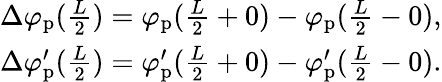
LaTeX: \begin{array}{r}{\Delta\varphi_{\mathrm{p}}(\frac{L}{2})=\varphi_{\mathrm{p}}(\frac{L}{2}+0)-\varphi_{\mathrm{p}}(\frac{L}{2}-0),}\\ {\Delta\varphi_{\mathrm{p}}^{\prime}(\frac{L}{2})=\varphi_{\mathrm{p}}^{\prime}(\frac{L}{2}+0)-\varphi_{\mathrm{p}}^{\prime}(\frac{L}{2}-0).}\end{array}